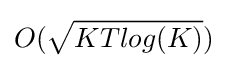
O({\sqrt {KTlog(K)}})